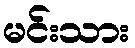
မင်းသား